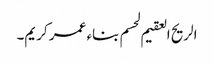
الریح العقیم لحسم بناء عمر کریم۔